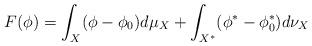
LaTeX: \begin{align*} F(\phi) = \int_X (\phi - \phi_0) d\mu_X + \int_{X^*} (\phi^* - \phi_0^*) d\nu_X\end{align*}